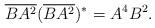
LaTeX: \begin{align*}\overline{BA^2}(\overline{BA^2})^*=A^4B^2.\end{align*}